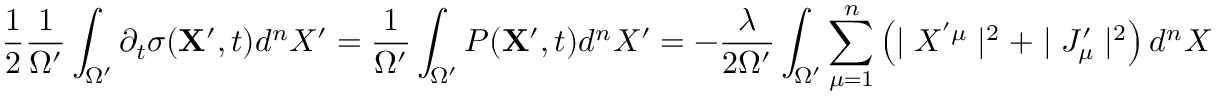
\frac { 1 } { 2 } \frac { 1 } { { \Omega } ^ { \prime } } \int _ { \Omega ^ { \prime } } \partial _ { t } \sigma ( { \bf X ^ { \prime } } , t ) d ^ { n } X ^ { \prime } = \frac { 1 } { { \Omega } ^ { \prime } } \int _ { \Omega ^ { \prime } } P ( { \bf X ^ { \prime } } , t ) d ^ { n } X ^ { \prime } = - \frac { \lambda } { 2 \Omega ^ { \prime } } \int _ { \Omega ^ { \prime } } \sum _ { \mu = 1 } ^ { n } \left( \mid X ^ { ' \mu } \mid ^ { 2 } + \mid J _ { \mu } ^ { \prime } \mid ^ { 2 } \right) d ^ { n } X